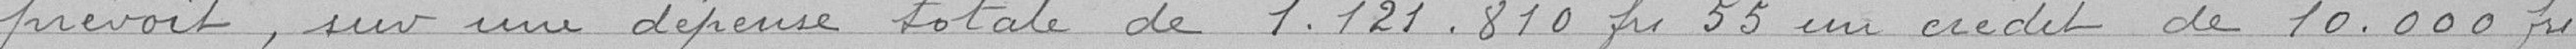
prévoit, sur une dépense totale de 1 121 810,55 Francs un crédit de 10 000 Francs